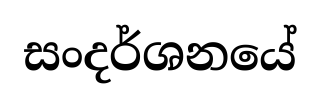
සංදර්ශනයේ